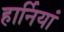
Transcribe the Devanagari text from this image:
हार्नियां